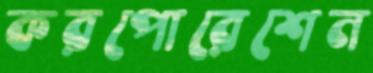
করপোরেশেন